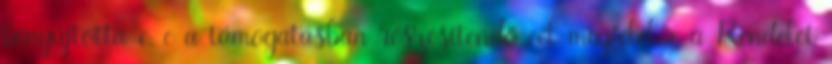
benyújtotta-e, c a támogatásban részesítendő cél megfelel-e a Rendelet